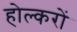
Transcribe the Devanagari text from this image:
होल्करों